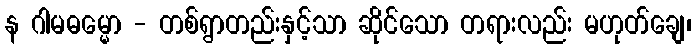
န ဂါမဓမ္မော - တစ်ရွာတည်းနှင့်သာ ဆိုင်သော တရားလည်း မဟုတ်ချေ၊